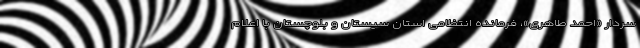
سردار «احمد طاهری»، فرمانده انتظامی استان سیستان و بلوچستان با اعلام